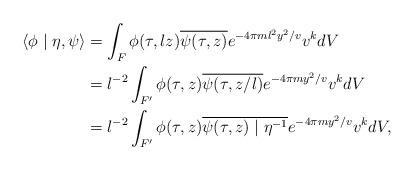
LaTeX: \begin{align*}\langle \phi \mid \eta , \psi\rangle &= \int_{F} \phi(\tau,lz) \overline{\psi(\tau,z)} e^{- 4 \pi m l^2 y^2/v} v^k dV\\&= l^{-2} \int_{F'} \phi(\tau,z) \overline{\psi(\tau,z/l)} e^{- 4 \pi m y^2/v} v^k dV\\&=l^{-2} \int_{F'} \phi(\tau,z) \overline{\psi(\tau,z) \mid \eta^{-1}} e^{- 4 \pi m y^2/v} v^k dV,\end{align*}